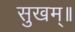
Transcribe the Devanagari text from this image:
सुखम्॥